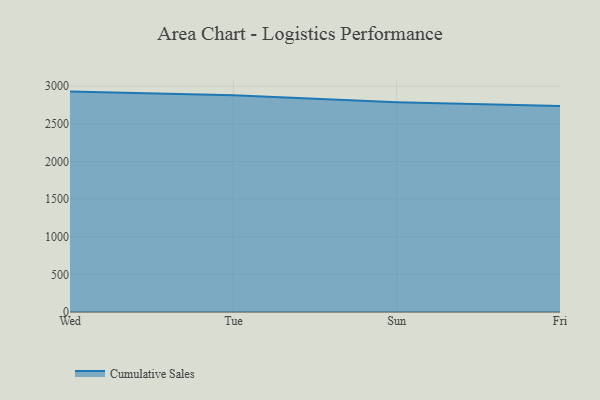
{"axis": {"x": "Day", "y": "Page Views"}, "legend": ["Cumulative Sales"], "data": [{"x": "Wed", "y": 2927.2, "type": "Cumulative Sales"}, {"x": "Tue", "y": 2880.0, "type": "Cumulative Sales"}, {"x": "Sun", "y": 2785.4, "type": "Cumulative Sales"}, {"x": "Fri", "y": 2734.6, "type": "Cumulative Sales"}]}